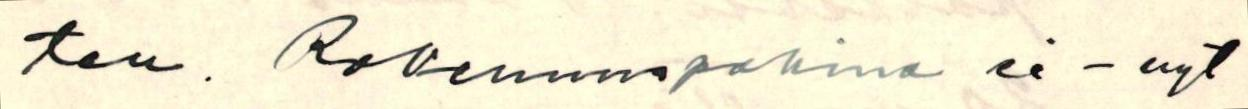
ten. Rakennuspakina ei - nyt